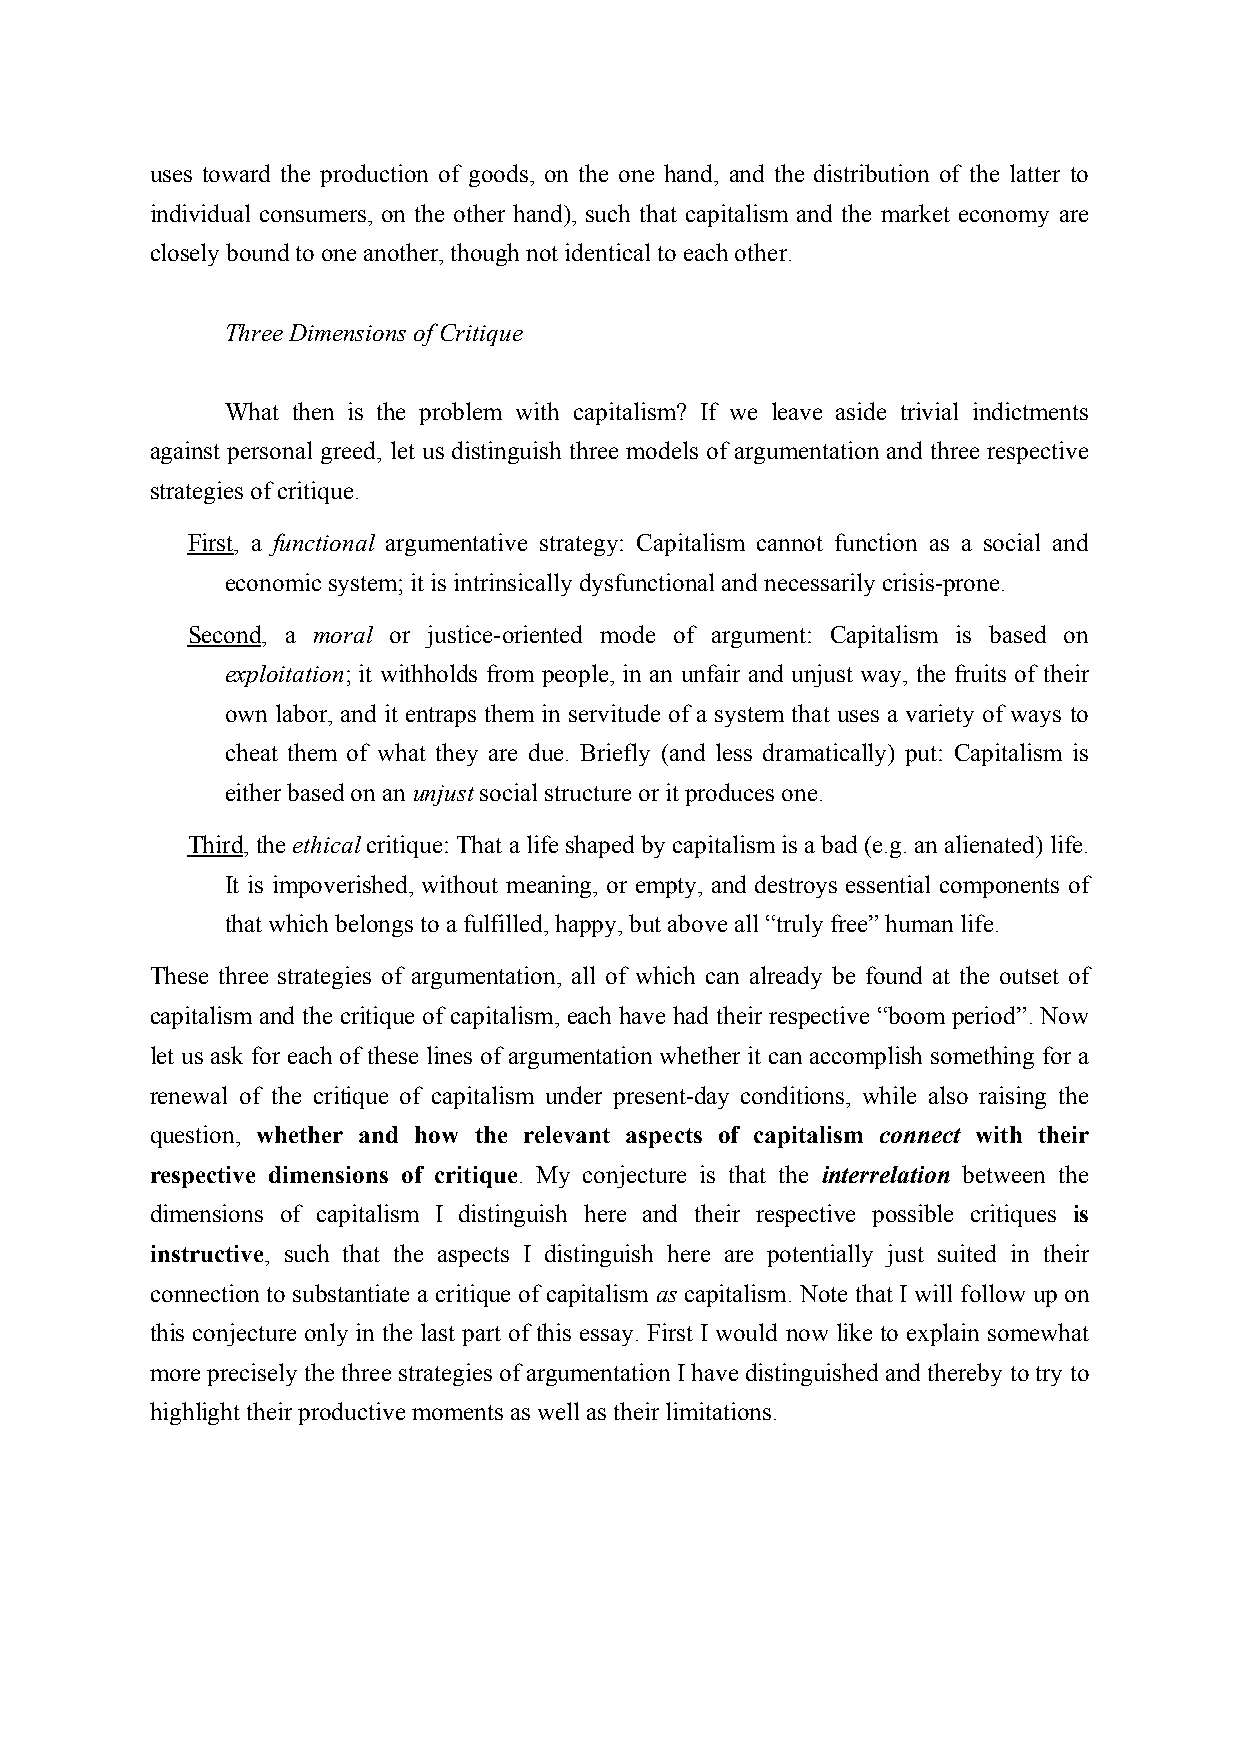
uses toward the production of goods, on the one hand, and the distribution of the latter to
 individual consumers, on the other hand), such that capitalism and the market economy are
 closely bound to one another, though not identical to each other.
 Three Dimensions of Critique
 What then is the problem with capitalism? If we leave aside trivial indictments
 against personal greed, let us distinguish three models of argumentation and three respective
 strategies of critique.
 First, a functional argumentative strategy: Capitalism cannot function as a social and
 economic system; it is intrinsically dysfunctional and necessarily crisis-prone.
 Second, a moral or justice-oriented mode of argument: Capitalism is based on
 exploitation; it withholds from people, in an unfair and unjust way, the fruits of their
 own labor, and it entraps them in servitude of a system that uses a variety of ways to
 cheat them of what they are due. Briefly (and less dramatically) put: Capitalism is
 either based on an unjust social structure or it produces one.
 Third, the ethical critique: That a life shaped by capitalism is a bad (e.g. an alienated) life.
 It is impoverished, without meaning, or empty, and destroys essential components of
 that which belongs to a fulfilled, happy, but above all “truly free” human life.
 These three strategies of argumentation, all of which can already be found at the outset of
 capitalism and the critique of capitalism, each have had their respective “boom period”. Now
 let us ask for each of these lines of argumentation whether it can accomplish something for a
 renewal of the critique of capitalism under present-day conditions, while also raising the
 question, whether and how the relevant aspects of capitalism connect with their
 respective dimensions of critique. My conjecture is that the interrelation between the
 dimensions of capitalism I distinguish here and their respective possible critiques is
 instructive, such that the aspects I distinguish here are potentially just suited in their
 connection to substantiate a critique of capitalism as capitalism. Note that I will follow up on
 this conjecture only in the last part of this essay. First I would now like to explain somewhat
 more precisely the three strategies of argumentation I have distinguished and thereby to try to
 highlight their productive moments as well as their limitations.